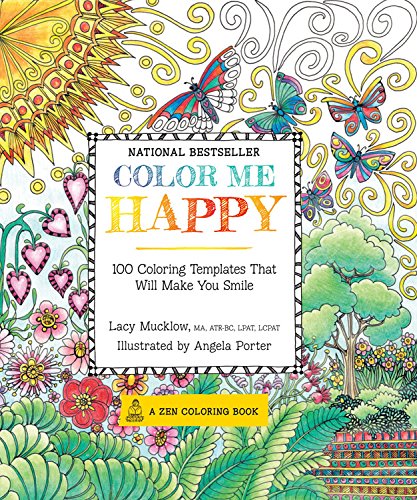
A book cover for Color Me Happy: 100 Coloring Templates That Will Make You Smile (A Zen Coloring Book); Lacy Mucklow; Humor & Entertainment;